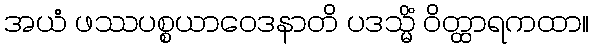
အယံ ဖဿပစ္စယာဝေဒနာတိ ပဒသ္မိံ ဝိတ္ထာရကထာ။